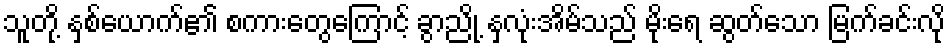
သူတို့ နှစ်ယောက်၏ စကားတွေကြောင့် ခွာညို့ နှလုံးအိမ်သည် မိုးရေ ဆွတ်သော မြက်ခင်းလို